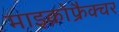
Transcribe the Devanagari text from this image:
माइक्रोफ्रैक्चर